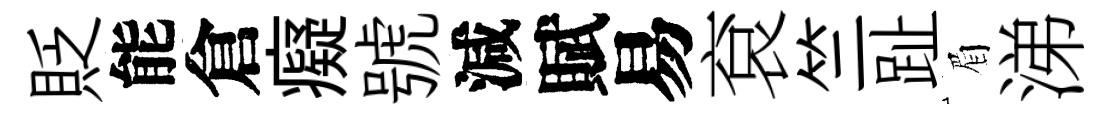
貶能倉癡號減賦易袞竺趾眉涕